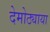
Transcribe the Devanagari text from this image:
देमोठ्याया